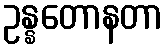
ဥန္နတောနတာ